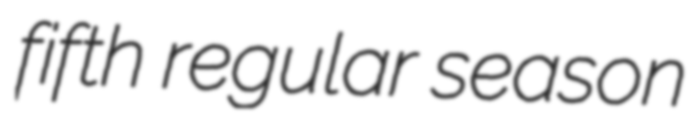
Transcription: fifth regular season